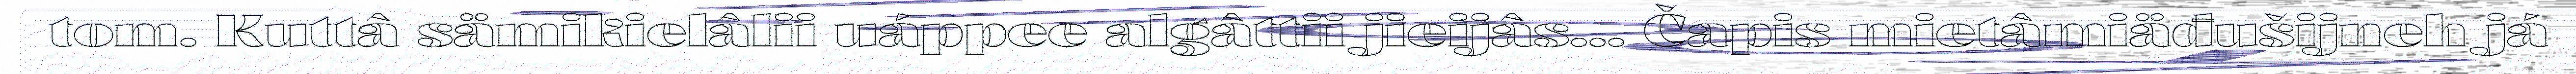
tom. Kuttâ sämikielâlii uáppee algâttii jieijâs... Čapis mietâmiäđušijneh já